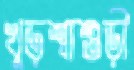
খুড়শ্বাশুড়ী